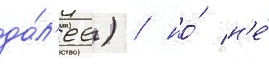
да́л'ее) / но́ н'е́